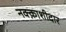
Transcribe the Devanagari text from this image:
नक्क़ाशीदार